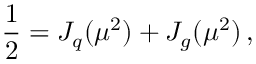
\frac { 1 } { 2 } = J _ { q } ( \mu ^ { 2 } ) + J _ { g } ( \mu ^ { 2 } ) \, ,